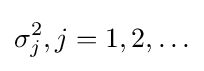
\sigma _{j}^{2},j=1,2,\ldots